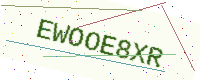
Text: EWOOE8XR